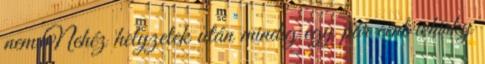
nem Nehéz helyzetek után mindig egy pár cent whisky